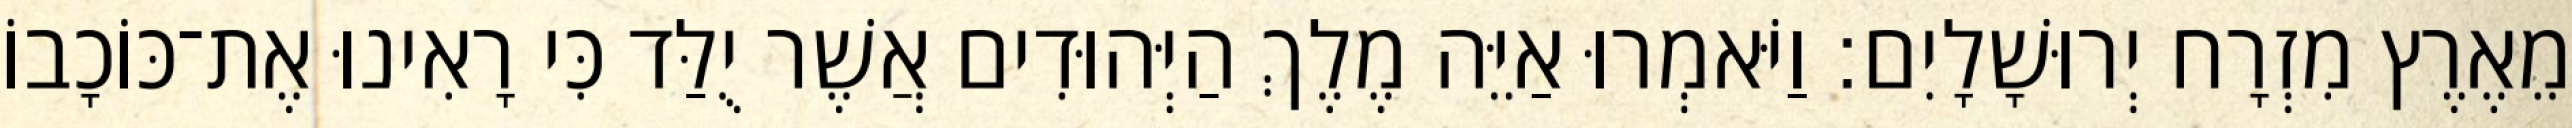
מֵאֶרֶץ מִזְרָח יְרוּשָׁלָיִם׃ וַיֹּאמְרוּ אַיֵּה מֶלֶךְ הַיְּהוּדִים אֲשֶׁר יֻלַּד כִּי רָאִינוּ אֶת־כּוֹכָבוֹ